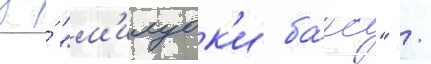
за́ "м'илуок'и ба́кс" /